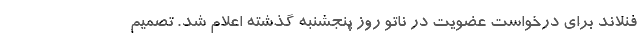
فنلاند برای درخواست عضویت در ناتو روز پنجشنبه گذشته اعلام شد. تصمیم